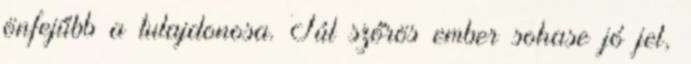
önfejűbb a tulajdonosa. Túl szőrös ember sohase jó jel,